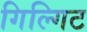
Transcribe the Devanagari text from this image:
गिल्गिट